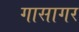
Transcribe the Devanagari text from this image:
गासागर